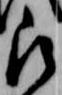
被